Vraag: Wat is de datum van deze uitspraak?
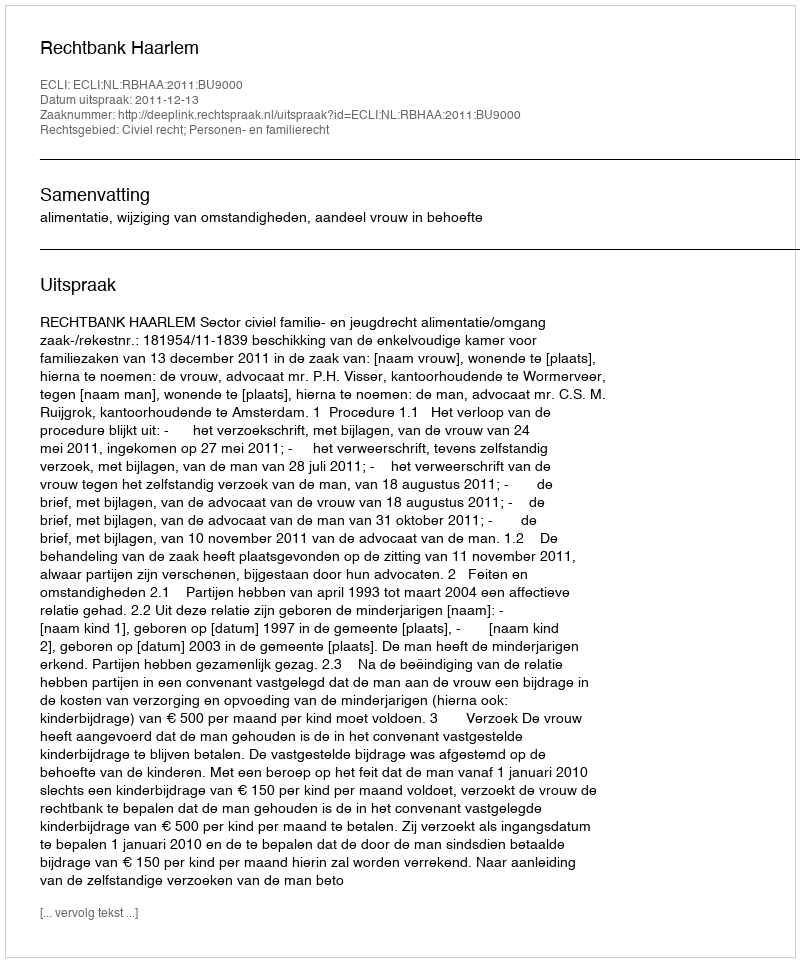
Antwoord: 2011-12-13